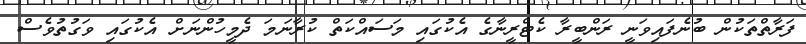
ފަރާތްތަކުން ބުނެފައިވަނީ ރަންބީރާ ކެޓްރީނާގެ އެކުގައި މަސައްކަތް ކުރާނަމަ ދެމީހުންނަށް އެކުގައި ވަގުތުވެސް